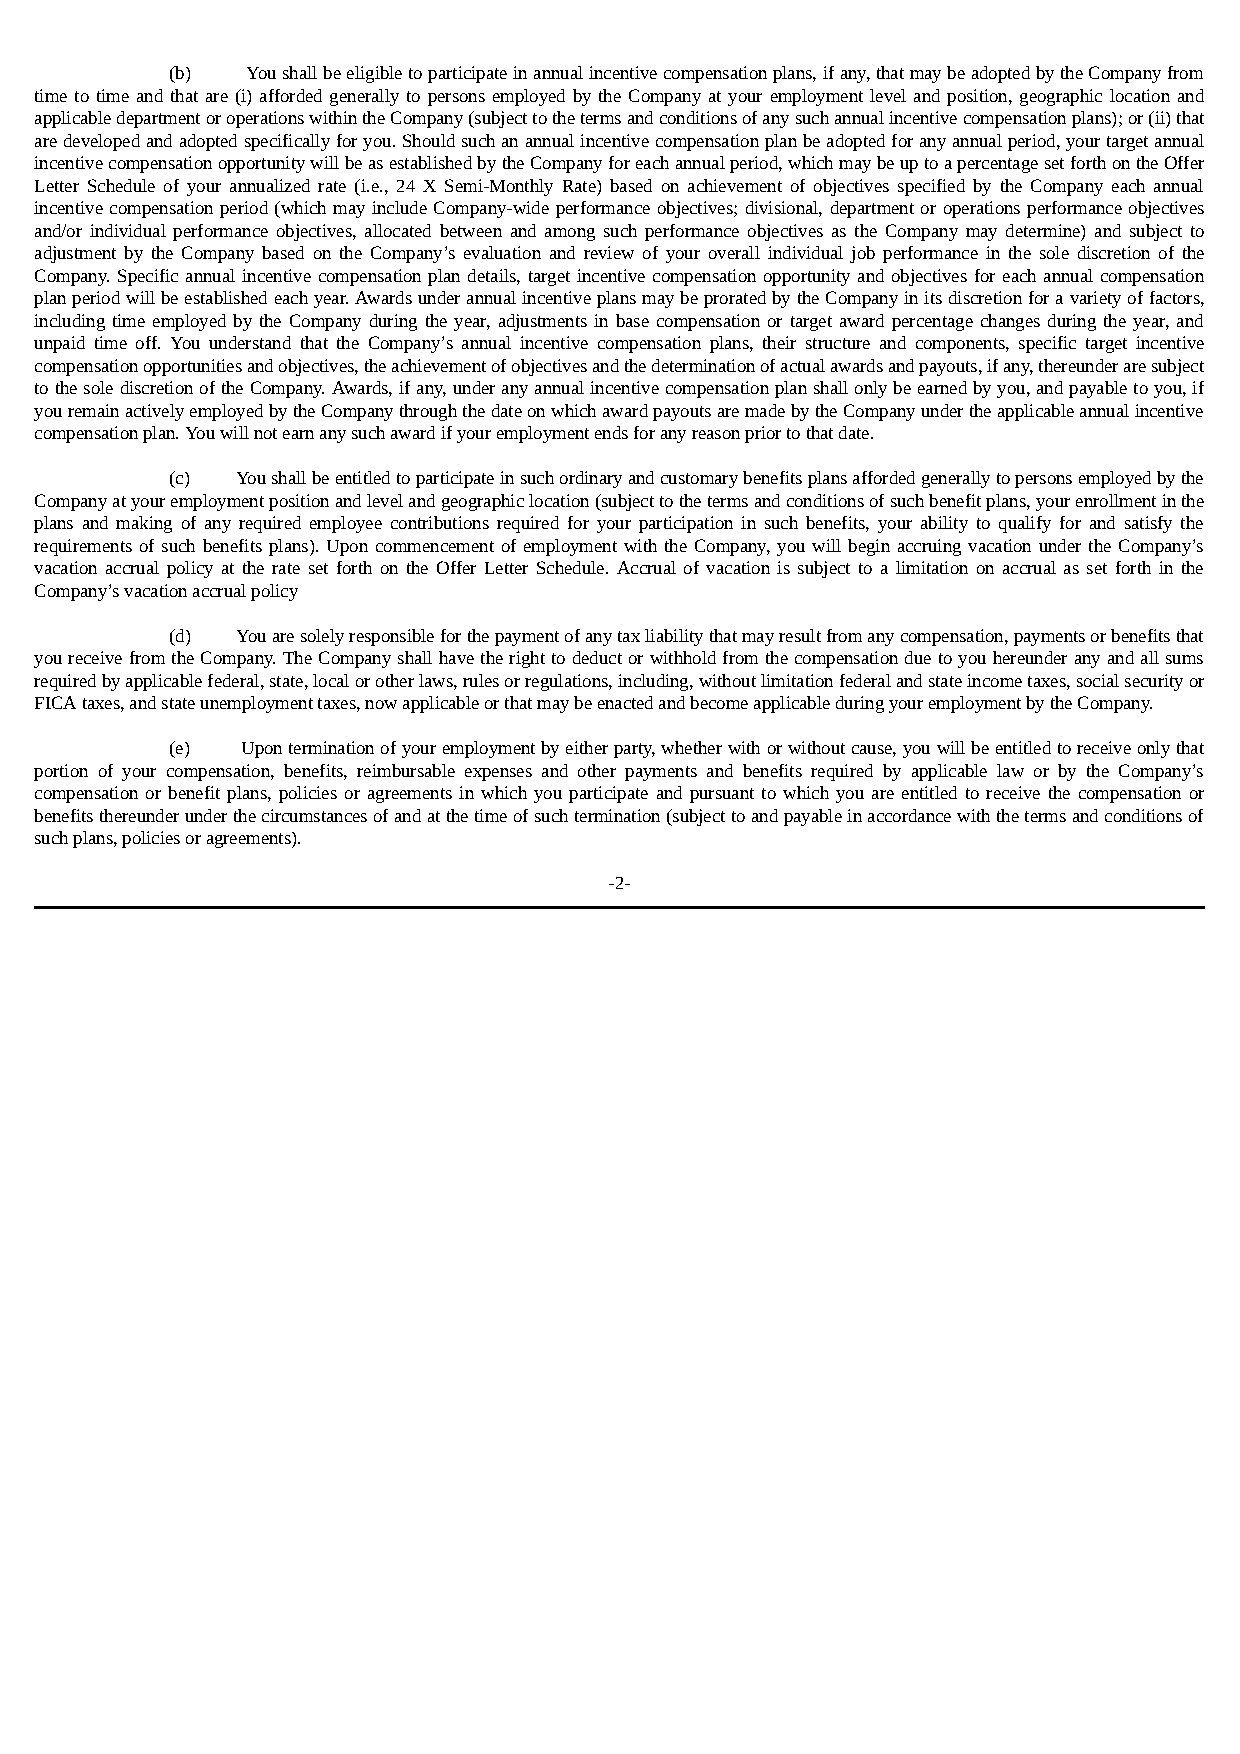
(b)  You shall be eligible to participate in annual incentive compensation plans, if any, that may be adopted by the Company from
 time to time and that are (i) afforded generally to persons employed by the Company at your employment level and position, geographic location and
 applicable department or operations within the Company (subject to the terms and conditions of any such annual incentive compensation plans); or (ii) that
 are developed and adopted specifically for you. Should such an annual incentive compensation plan be adopted for any annual period, your target annual
 incentive compensation opportunity will be as established by the Company for each annual period, which may be up to a percentage set forth on the Offer
 Letter Schedule of your annualized rate (i.e., 24 X Semi-Monthly Rate) based on achievement of objectives specified by the Company each annual
 incentive compensation period (which may include Company-wide performance objectives; divisional, department or operations performance objectives
 and/or individual performance objectives, allocated between and among such performance objectives as the Company may determine) and subject to
 adjustment by the Company based on the Company’s evaluation and review of your overall individual job performance in the sole discretion of the
 Company. Specific annual incentive compensation plan details, target incentive compensation opportunity and objectives for each annual compensation
 plan period will be established each year. Awards under annual incentive plans may be prorated by the Company in its discretion for a variety of factors,
 including time employed by the Company during the year, adjustments in base compensation or target award percentage changes during the year, and
 unpaid time off. You understand that the Company’s annual incentive compensation plans, their structure and components, specific target incentive
 compensation opportunities and objectives, the achievement of objectives and the determination of actual awards and payouts, if any, thereunder are subject
 to the sole discretion of the Company. Awards, if any, under any annual incentive compensation plan shall only be earned by you, and payable to you, if
 you remain actively employed by the Company through the date on which award payouts are made by the Company under the applicable annual incentive
 compensation plan. You will not earn any such award if your employment ends for any reason prior to that date.
 (c)  You shall be entitled to participate in such ordinary and customary benefits plans afforded generally to persons employed by the
 Company at your employment position and level and geographic location (subject to the terms and conditions of such benefit plans, your enrollment in the
 plans and making of any required employee contributions required for your participation in such benefits, your ability to qualify for and satisfy the
 requirements of such benefits plans). Upon commencement of employment with the Company, you will begin accruing vacation under the Company’s
 vacation accrual policy at the rate set forth on the Offer Letter Schedule. Accrual of vacation is subject to a limitation on accrual as set forth in the
 Company’s vacation accrual policy
 (d)  You are solely responsible for the payment of any tax liability that may result from any compensation, payments or benefits that
 you receive from the Company. The Company shall have the right to deduct or withhold from the compensation due to you hereunder any and all sums
 required by applicable federal, state, local or other laws, rules or regulations, including, without limitation federal and state income taxes, social security or
 FICA taxes, and state unemployment taxes, now applicable or that may be enacted and become applicable during your employment by the Company.
 (e)  Upon termination of your employment by either party, whether with or without cause, you will be entitled to receive only that
 portion of your compensation, benefits, reimbursable expenses and other payments and benefits required by applicable law or by the Company’s
 compensation or benefit plans, policies or agreements in which you participate and pursuant to which you are entitled to receive the compensation or
 benefits thereunder under the circumstances of and at the time of such termination (subject to and payable in accordance with the terms and conditions of
 such plans, policies or agreements).
 -2-